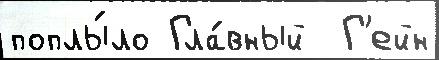
поплы́ло Гла́вный  Г'ейн